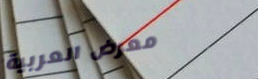
معرض العربية